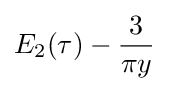
\displaystyle E_{2}(\tau )-{\frac {3}{\pi y}}